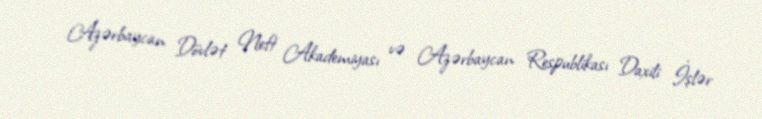
Azərbaycan Dövlət Neft Akademiyası və Azərbaycan Respublikası Daxili İşlər